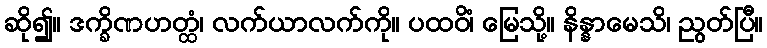
ဆို၍။ ဒက္ခိဏဟတ္ထံ၊ လက်ယာလက်ကို။ ပထဝိံ၊ မြေသို့။ နိန္နာမေသိ၊ ညွတ်ပြီ။